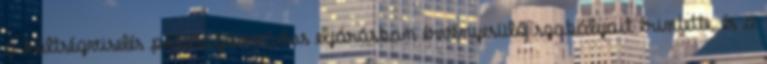
a költségviselés pótmagánvádas eljárásban érvényesülő szabályait érintette, és a